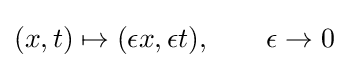
(x,t)\mapsto (\epsilon x,\epsilon t),\qquad \epsilon \to 0